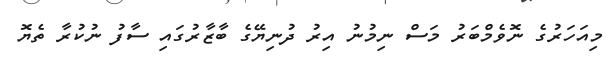
މިއަހަރުގެ ނޮވެމްބަރު މަސް ނިމުނު އިރު ދުނިޔޭގެ ބާޒާރުގައި ސާފު ނުކުރާ ތެޔޮ